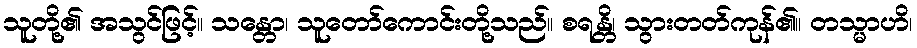
သူတို့၏ အသွင်ဖြင့်။ သန္တော၊ သူတော်ကောင်းတို့သည်။ စရန္တိ၊ သွားတတ်ကုန်၏။ တသ္မာဟိ၊